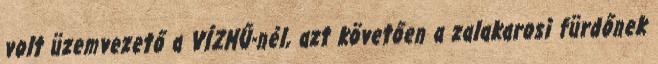
volt üzemvezető a VÍZMŰ-nél, azt követően a zalakarosi fürdőnek